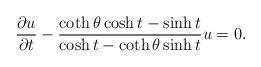
LaTeX: \begin{align*} \frac{\partial u}{\partial t}-\frac{\coth \theta \cosh t-\sinh t}{\cosh t-\coth \theta \sinh t} u=0.\end{align*}